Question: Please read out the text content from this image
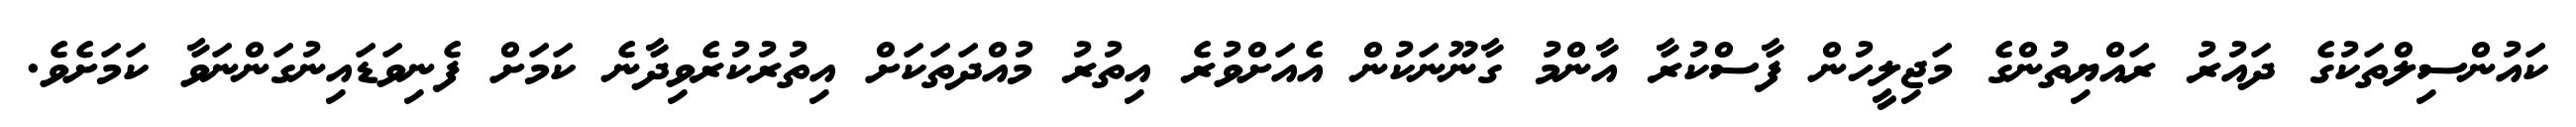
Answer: ކައުންސިލްތަކުގެ ދައުރު ރައްޔިތުންގެ މަޖިލީހުން ފާސްކުރާ އާންމު ގާނޫނަކުން އެއަށްވުރެ އިތުރު މުއްދަތަކަށް އިތުރުކުރެވިދާނެ ކަމަށް ފެނިވަޑައިނުގަންނަވާ ކަމަށެވެ.